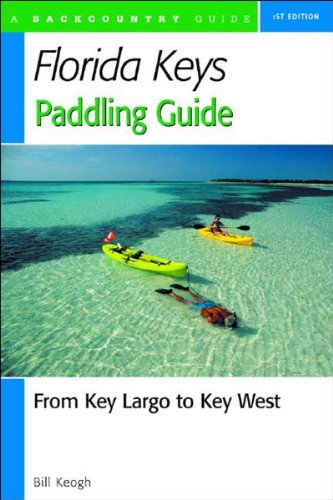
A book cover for Florida Keys Paddling Guide: From Key Largo to Key West; Bill Keogh; Sports & Outdoors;